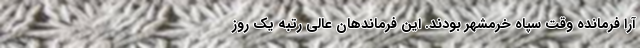
آرا فرمانده وقت سپاه خرمشهر بودند. این فرماندهان عالی رتبه یک روز